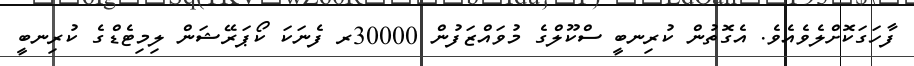
ފާހަގަކޮށްލެވެއެވެ. އެގޮތުން ކުރިނބީ ސްކޫލްގެ މުވައްޒަފުން 30000ރ ފެނަކަ ކޯޕަރޭޝަން ލިމިޓެޑްގެ ކުރިނބީ